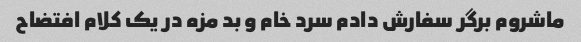
ماشروم برگر سفارش دادم سرد خام و بد مزه در یک کلام افتضاح